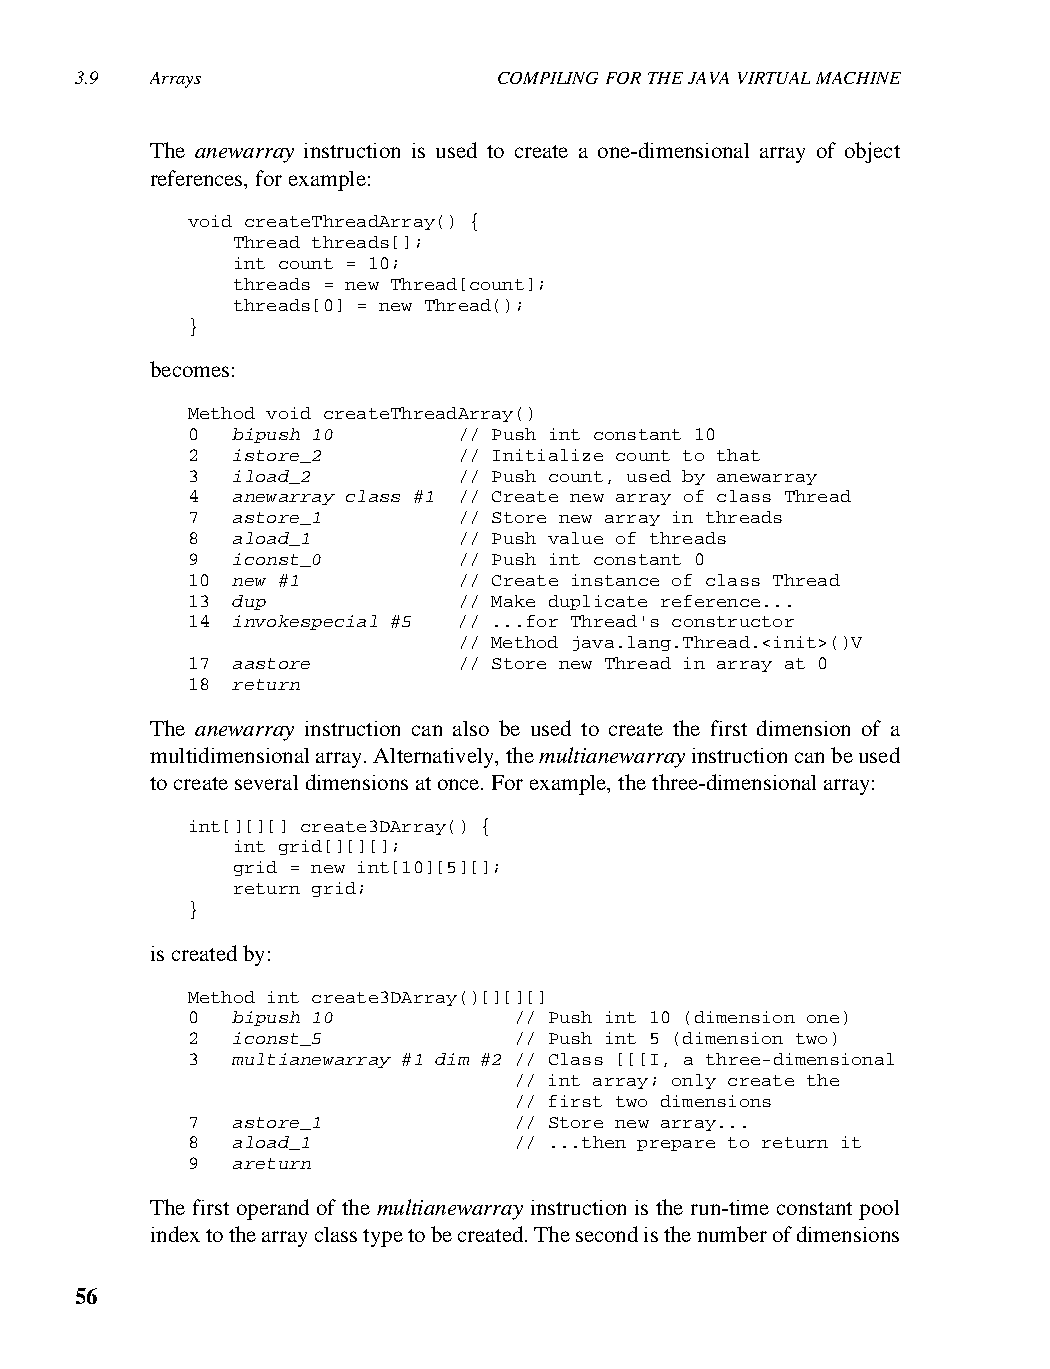
3.9  Arrays                 COMPILING FOR THE JAVA VIRTUAL MACHINE
 The anewarray instruction is used to create a one-dimensional array of object
 references, for example:
 void createThreadArray() {
 Thread threads[];
 int count = 10;
 threads = new Thread[count];
 threads[0] = new Thread();
 }
 becomes:
 Method void createThreadArray()
 0  bipush 10      // Push int constant 10
 2  istore_2       // Initialize count to that
 3  iload_2        // Push count, used by anewarray
 4  anewarray class #1 // Create new array of class Thread
 7  astore_1       // Store new array in threads
 8  aload_1        // Push value of threads
 9  iconst_0       // Push int constant 0
 10 new #1         // Create instance of class Thread
 13 dup            // Make duplicate reference...
 14 invokespecial #5 // ...for Thread's constructor
 // Method java.lang.Thread.<init>()V
 17 aastore        // Store new Thread in array at 0
 18 return
 The anewarray instruction can also be used to create the first dimension of a
 multidimensional array. Alternatively, the multianewarray instruction can be used
 to create several dimensions at once. For example, the three-dimensional array:
 int[][][] create3DArray() {
 int grid[][][];
 grid = new int[10][5][];
 return grid;
 }
 is created by:
 Method int create3DArray()[][][]
 0  bipush 10          // Push int 10 (dimension one)
 2  iconst_5           // Push int 5 (dimension two)
 3  multianewarray #1 dim #2 // Class [[[I, a three-dimensional
 // int array; only create the
 // first two dimensions
 7  astore_1           // Store new array...
 8  aload_1            // ...then prepare to return it
 9  areturn
 The first operand of the multianewarray instruction is the run-time constant pool
 index to the array class type to be created. The second is the number of dimensions
 56